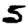
Digit: 5